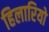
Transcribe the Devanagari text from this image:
हिलारियो